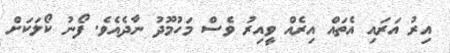
އިރު އަރައި އެތައް އިރެއް ވީއިރު ވެސް މަހުމޫދު ނާދެއެވެ. ފޯނު ކޯލަކަށް